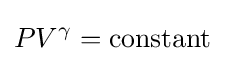
PV^{\gamma }={\text{constant}}